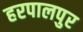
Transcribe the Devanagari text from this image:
हरपालपुर